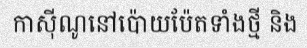
កាស៊ីណូនៅប៉ោយប៉ែតទាំងថ្មី និង